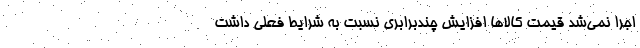
اجرا نمی‌شد ‌قیمت کالاها افزایش چندبرابری نسبت به شرایط فعلی داشت